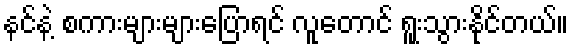
နင်နဲ့ စကားများများပြောရင် လူတောင် ရူးသွားနိုင်တယ်။